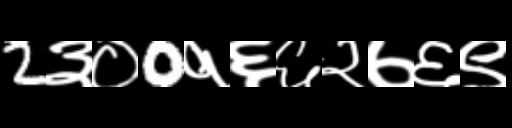
Text: 2३०0१६६२७६९